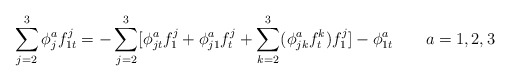
\begin{align*}\sum_{j=2}^3\phi _j^af_{1t}^j=-\sum_{j=2}^3[\phi_{jt}^af_1^j+\phi _{j1}^af_t^j+\sum_{k=2}^3(\phi _{jk}^af_t^k)f_1^j]-\phi_{1t}^a\quad \quad a=1,2,3\end{align*}